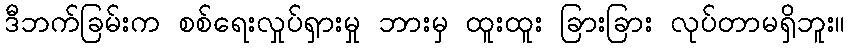
ဒီဘက်ခြမ်းက စစ်ရေးလှုပ်ရှားမှု ဘားမှ ထူးထူး ခြားခြား လုပ်တာမရှိဘူး။